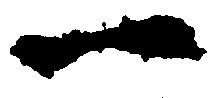
一